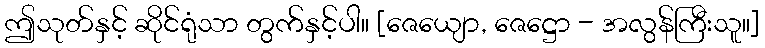
ဤသုတ်နှင့် ဆိုင်ရုံသာ တွက်နှင့်ပါ။ [ဇေယျော, ဇေဋ္ဌော - အလွန်ကြီးသူ။]